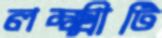
লক্ষ্মীটি